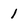
Character: 1